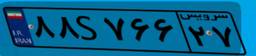
۸۵S۶۲۲۵۷